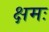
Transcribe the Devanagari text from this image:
क्षमः